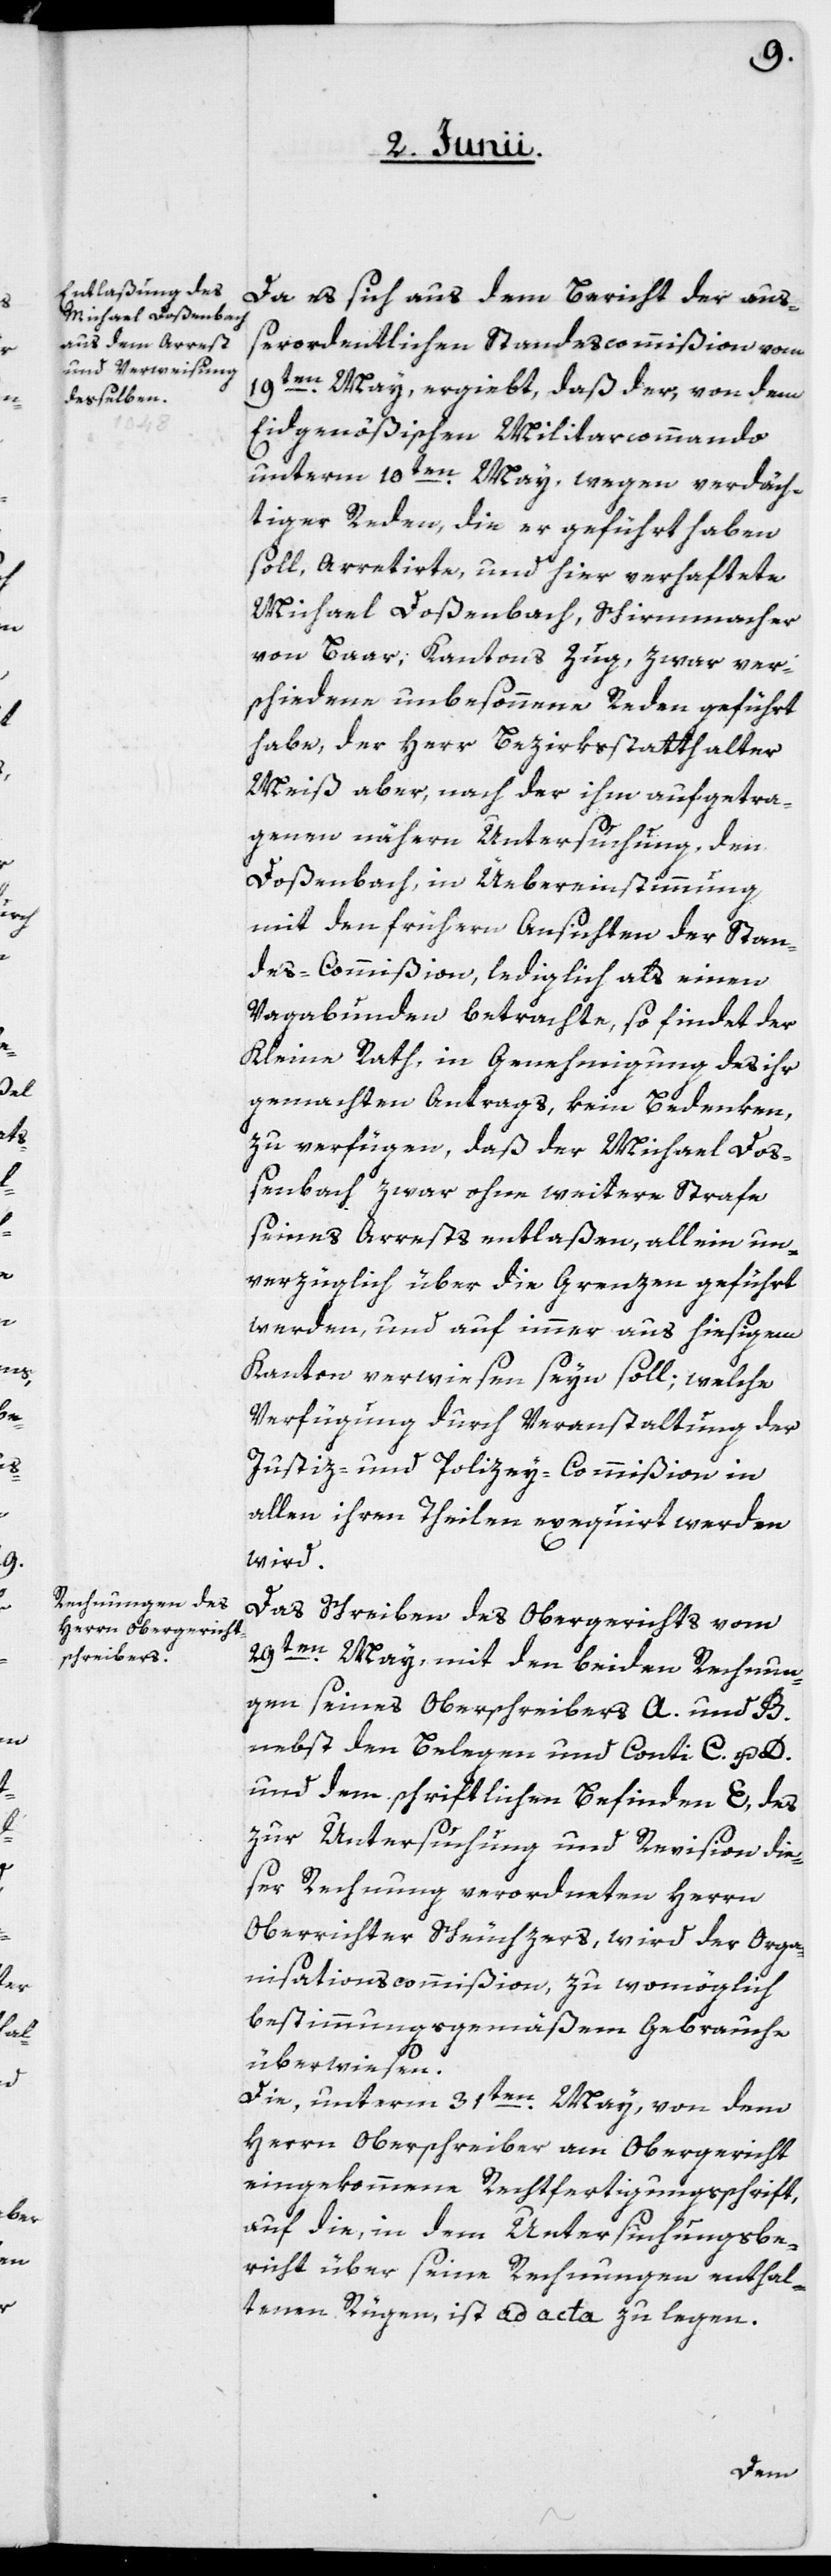
Da es sich aus dem Bericht der auß¬
erordentlichen Standescommißion vom
19ten May ergiebt, daß der, von dem
Eidgenößischen Militarcommando
unterm 10ten May, wegen verdäch¬
tiger Reden, die er geführt haben
soll, arretirte, und hier verhaftete
Michael Doßenbach, Schirmmacher
von Baar Kantons Zug, zwar ver¬
schiedene unbesonnene Reden geführt
habe, der Herr Bezirksstatthalter
Meiß aber, nach der ihm aufgetra¬
genen nähern Untersuchung, den
Doßenbach, in Üebereinstimmung
mit den frühern Ansichten der Stan¬
des-Commißion, lediglich als einen
Vagabunden betrachte, so findet der
Kleine Rath, in Genehmigung des ihr
gemachten Antrags, kein Bedenken,
zu verfügen, daß der Michael Doß¬
enbach zwar ohne weitere Strafe
seines Arrests entlaßen, allein un¬
verzüglich über die Grenzen geführt
werden, und auf immer aus hiesigem
Kanton verwiesen seyn soll; welche
Verfügung durch Veranstaltung der
Justiz- und Polizey-Commißion in
allen ihren Theilen exequiert werden
wird.
Das Schreiben des Obergerichts vom
29ten May, mit den beiden Rechnun¬
gen seines Oberschreibers A. und B.
nebst den Belegen und Conti C. u. D.
und dem schriftlichen Befinden E, des
zur Untersuchung und Revision die¬
ser Rechnung verordneten Herrn
Oberrichter Scheuchzers, wird der Orga¬
nisationscommißion zu womöglich
bestimmungsgemäßem Gebrauche
überwiesen.
Die, unterm 31ten May, von dem
Herrn Oberschreiber am Obergericht
eingekommene Rechtfertigungsschrift,
auf die, in dem Untersuchungsbe¬
richt über seine Rechnungen enthal¬
tenen Rügen, ist ad acta zu legen.